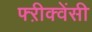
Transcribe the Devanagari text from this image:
फ्ऱीक्वेंसी